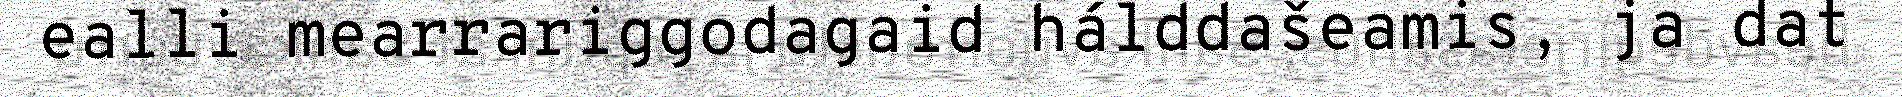
ealli mearrariggodagaid hálddašeamis, ja dat